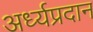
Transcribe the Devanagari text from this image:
अर्ध्यप्रदान